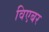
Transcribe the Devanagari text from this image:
विएबर